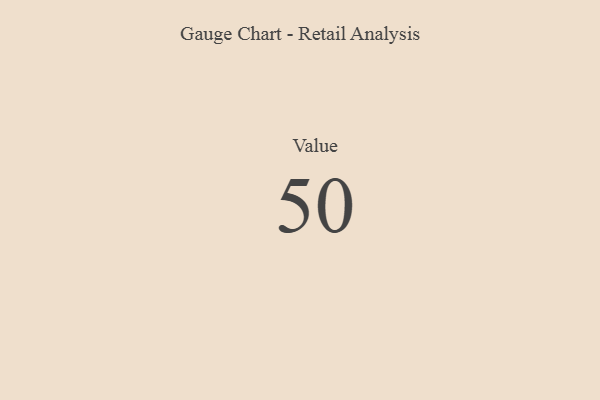
{"axis": {"x": "Metric", "y": "Value"}, "legend": [""], "data": [{"x": "Value", "y": 50, "type": ""}]}